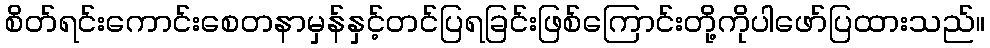
စိတ်ရင်းကောင်းစေတနာမှန်နှင့်တင်ပြရခြင်းဖြစ်ကြောင်းတို့ကိုပါဖော်ပြထားသည်။